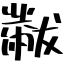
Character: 黻